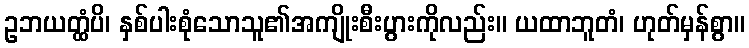
ဥဘယတ္ထံပိ၊ နှစ်ပါးစုံသောသူ၏အကျိုးစီးပွားကိုလည်း။ ယထာဘူတံ၊ ဟုတ်မှန်စွာ။